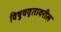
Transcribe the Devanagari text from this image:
विषुववृतावरील